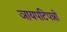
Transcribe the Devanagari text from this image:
ञायपटिपन्नो